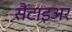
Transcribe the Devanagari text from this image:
सैटाइअर